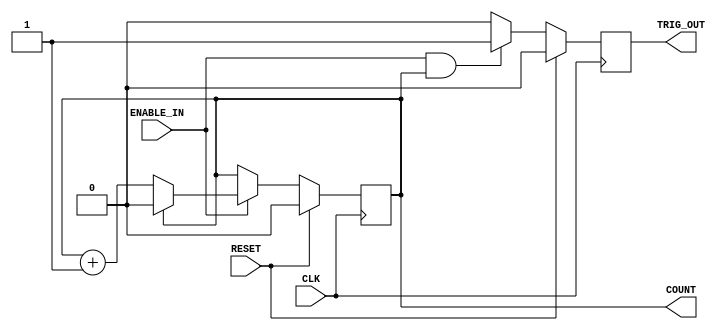
`timescale 1ns / 1ps
//////////////////////////////////////////////////////////////////////////////////
// Company: 
// Engineer: 
// 
// Design Name: 
// Module Name: Generic_Counter
// Project Name: 
// Target Devices: 
// Tool Versions: 
// Description: 
// 
// Dependencies: 
// 
// Revision:
// Revision 0.01 - File Created
// Additional Comments:
// 
//////////////////////////////////////////////////////////////////////////////////

module Generic_counter(
        CLK,
        RESET,
        ENABLE_IN,
        TRIG_OUT,
        COUNT
    );
    
        parameter COUNTER_WIDTH = 1;
        parameter COUNTER_MAX = 1;
        
        input CLK;
        input RESET;
        input ENABLE_IN;
        output TRIG_OUT;
        output [COUNTER_WIDTH-1:0] COUNT;
        // Declare registers that hold the current count value and trigger out between clock cycles.
        
        reg [COUNTER_WIDTH-1:0]count_value = 0; // controls counter width.
        reg Trigger_out;
        
        // Synchronous logic for value of count_values
        
        always@(posedge CLK) begin
            if(RESET)
                count_value <= 0;
            else begin
                if (ENABLE_IN) begin
                    if(count_value == COUNTER_MAX)
                        count_value <= 0;
                    else
                        count_value <= count_value + 1;
                  end
              end
          end
          
       // Synchronous logic for Trigger_out
       always@(posedge CLK) begin
            if (RESET)
                Trigger_out <= 0;
            else begin
                if (ENABLE_IN && (count_value == COUNTER_MAX))
                    Trigger_out <= 1;
                else 
                    Trigger_out <= 0;
             end
         end
         
         //Assignment that tie the count_value and Trigger_out to COUNT and TRIG_OUT respectively.
         
         assign COUNT = count_value;
         assign TRIG_OUT = Trigger_out;
         
endmodule